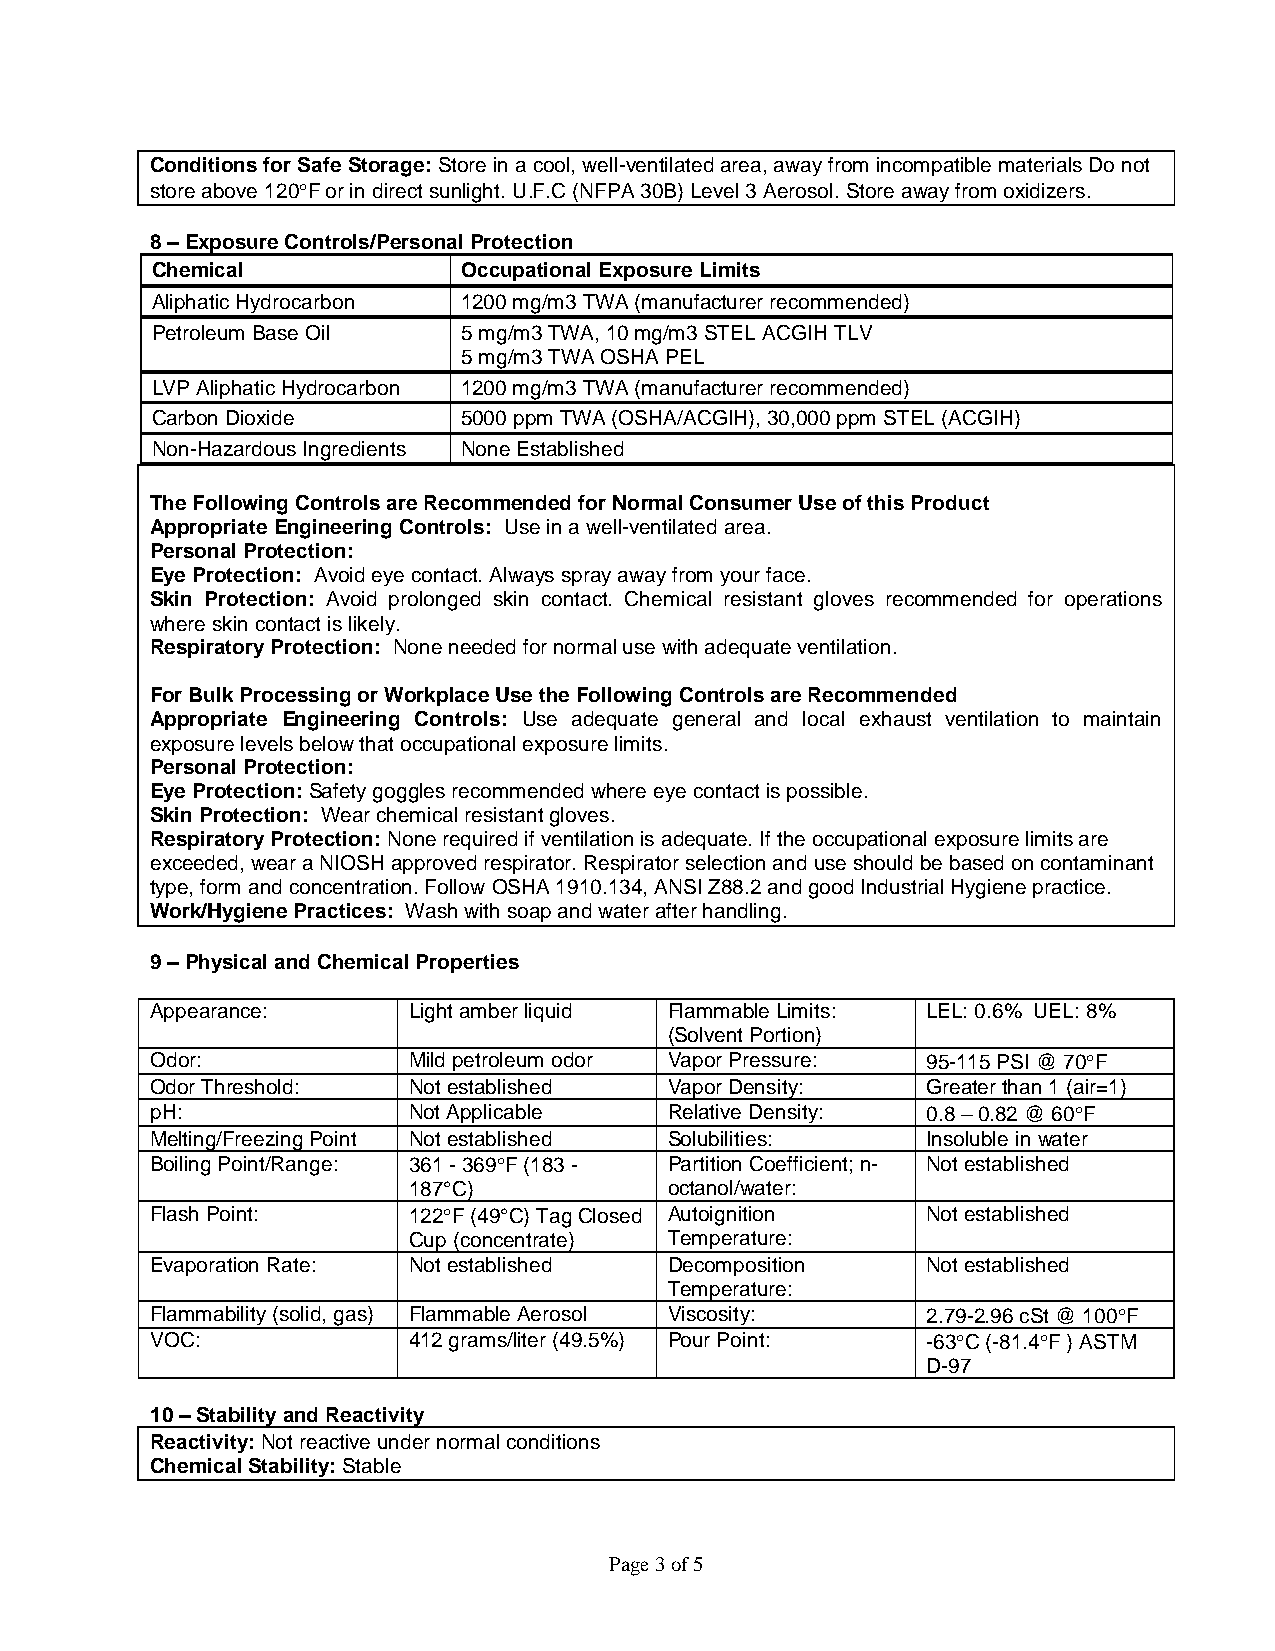
Conditions for Safe Storage: Store in a cool, well-ventilated area, away from incompatible materials Do not
 store above 120F or in direct sunlight. U.F.C (NFPA 30B) Level 3 Aerosol. Store away from oxidizers.
 8 – Exposure Controls/Personal Protection
 Chemical             Occupational Exposure Limits
 Aliphatic Hydrocarbon 1200 mg/m3 TWA (manufacturer recommended)
 Petroleum Base Oil   5 mg/m3 TWA, 10 mg/m3 STEL ACGIH TLV
 5 mg/m3 TWA OSHA PEL
 LVP Aliphatic Hydrocarbon 1200 mg/m3 TWA (manufacturer recommended)
 Carbon Dioxide       5000 ppm TWA (OSHA/ACGIH), 30,000 ppm STEL (ACGIH)
 Non-Hazardous Ingredients None Established
 The Following Controls are Recommended for Normal Consumer Use of this Product
 Appropriate Engineering Controls: Use in a well-ventilated area.
 Personal Protection:
 Eye Protection: Avoid eye contact. Always spray away from your face.
 Skin Protection: Avoid prolonged skin contact. Chemical resistant gloves recommended for operations
 where skin contact is likely.
 Respiratory Protection: None needed for normal use with adequate ventilation.
 For Bulk Processing or Workplace Use the Following Controls are Recommended
 Appropriate Engineering Controls: Use adequate general and local exhaust ventilation to maintain
 exposure levels below that occupational exposure limits.
 Personal Protection:
 Eye Protection: Safety goggles recommended where eye contact is possible.
 Skin Protection: Wear chemical resistant gloves.
 Respiratory Protection: None required if ventilation is adequate. If the occupational exposure limits are
 exceeded, wear a NIOSH approved respirator. Respirator selection and use should be based on contaminant
 type, form and concentration. Follow OSHA 1910.134, ANSI Z88.2 and good Industrial Hygiene practice.
 Work/Hygiene Practices: Wash with soap and water after handling.
 9 – Physical and Chemical Properties
 Appearance:      Light amber liquid Flammable Limits: LEL: 0.6% UEL: 8%
 (Solvent Portion)
 Odor:            Mild petroleum odor Vapor Pressure: 95-115 PSI @ 70F
 Odor Threshold:  Not established  Vapor Density:   Greater than 1 (air=1)
 pH:              Not Applicable   Relative Density: 0.8 – 0.82 @ 60F
 Melting/Freezing Point Not established Solubilities: Insoluble in water
 Boiling Point/Range: 361 - 369F (183 - Partition Coefficient; n- Not established
 187°C)           octanol/water:
 Flash Point:     122F (49°C) Tag Closed Autoignition Not established
 Cup (concentrate) Temperature:
 Evaporation Rate: Not established Decomposition    Not established
 Temperature:
 Flammability (solid, gas) Flammable Aerosol Viscosity: 2.79-2.96 cSt @ 100F
 VOC:             412 grams/liter (49.5%) Pour Point: -63C (-81.4F ) ASTM
 D-97
 10 – Stability and Reactivity
 Reactivity: Not reactive under normal conditions
 Chemical Stability: Stable
 Page 3 of 5